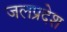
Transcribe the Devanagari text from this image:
जलप्रदेश